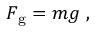
F _ { \mathrm { g } } = m g \ ,